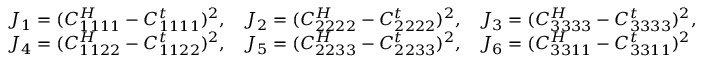
\begin{array} { r l } & { J _ { 1 } = ( C _ { 1 1 1 1 } ^ { H } - C _ { 1 1 1 1 } ^ { t } ) ^ { 2 } , \, \, \, \, \, J _ { 2 } = ( C _ { 2 2 2 2 } ^ { H } - C _ { 2 2 2 2 } ^ { t } ) ^ { 2 } , \, \, \, \, \, J _ { 3 } = ( C _ { 3 3 3 3 } ^ { H } - C _ { 3 3 3 3 } ^ { t } ) ^ { 2 } , } \\ & { J _ { 4 } = ( C _ { 1 1 2 2 } ^ { H } - C _ { 1 1 2 2 } ^ { t } ) ^ { 2 } , \, \, \, \, \, J _ { 5 } = ( C _ { 2 2 3 3 } ^ { H } - C _ { 2 2 3 3 } ^ { t } ) ^ { 2 } , \, \, \, \, \, J _ { 6 } = ( C _ { 3 3 1 1 } ^ { H } - C _ { 3 3 1 1 } ^ { t } ) ^ { 2 } } \end{array}